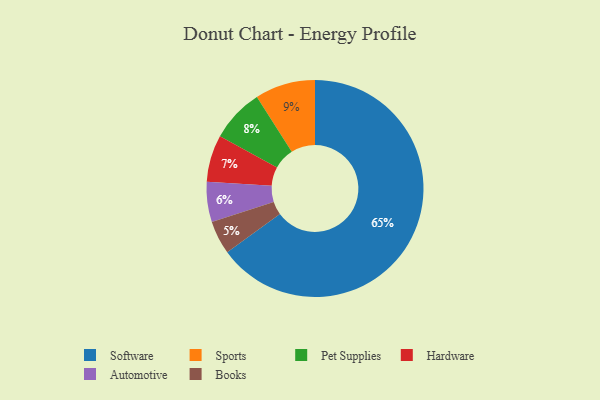
{"axis": {"x": "Category", "y": "Percentage"}, "legend": ["Automotive", "Books", "Hardware", "Pet Supplies", "Software", "Sports"], "data": [{"x": "Books", "y": 5, "type": "Books"}, {"x": "Sports", "y": 9, "type": "Sports"}, {"x": "Software", "y": 65, "type": "Software"}, {"x": "Pet Supplies", "y": 8, "type": "Pet Supplies"}, {"x": "Hardware", "y": 7, "type": "Hardware"}, {"x": "Automotive", "y": 6, "type": "Automotive"}]}